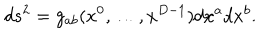
d s ^ { 2 } = g _ { a b } ( x ^ { 0 } , \ldots , x ^ { D - 1 } ) d x ^ { a } d x ^ { b } .